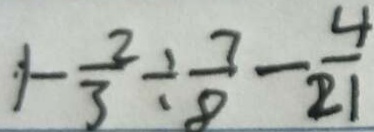
1 - \frac { 2 } { 3 } \div \frac { 7 } { 8 } - \frac { 4 } { 2 1 }